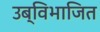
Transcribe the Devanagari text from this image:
उब्विभाजित